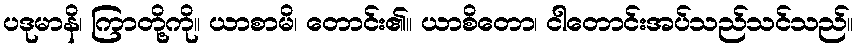
ပဒုမာနိ၊ ကြာတို့ကို။ ယာစာမိ၊ တောင်း၏။ ယာစိတော၊ ငါတောင်းအပ်သည်သင်သည်။